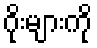
ဂိုးများကို